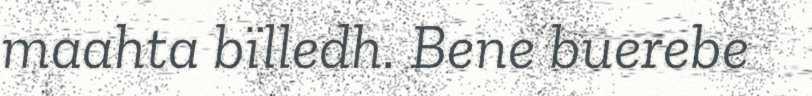
maahta bïlledh. Bene buerebe